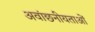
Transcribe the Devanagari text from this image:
अवांछनीयताओं